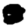
Digit: 0